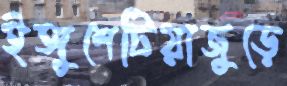
ইঙ্গুশেটিয়াজুড়ে